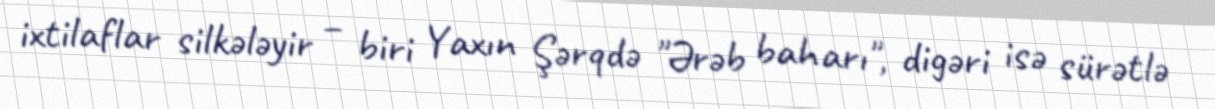
ixtilaflar silkələyir – biri Yaxın Şərqdə "Ərəb baharı", digəri isə sürətlə